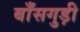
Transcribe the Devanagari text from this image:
बाँसगुड़ी